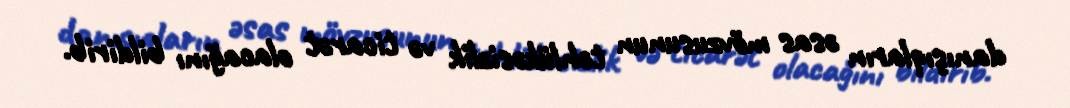
danışıqların əsas mövzusunun təhlükəsizlik və ticarət olacağını bildirib.